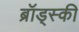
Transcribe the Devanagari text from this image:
ब्रॉड्स्की